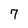
Character: 7